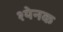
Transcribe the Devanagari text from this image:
श्येनक